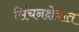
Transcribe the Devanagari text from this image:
सिंचनक्षेत्रात